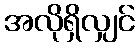
အလိုရှိလျှင်